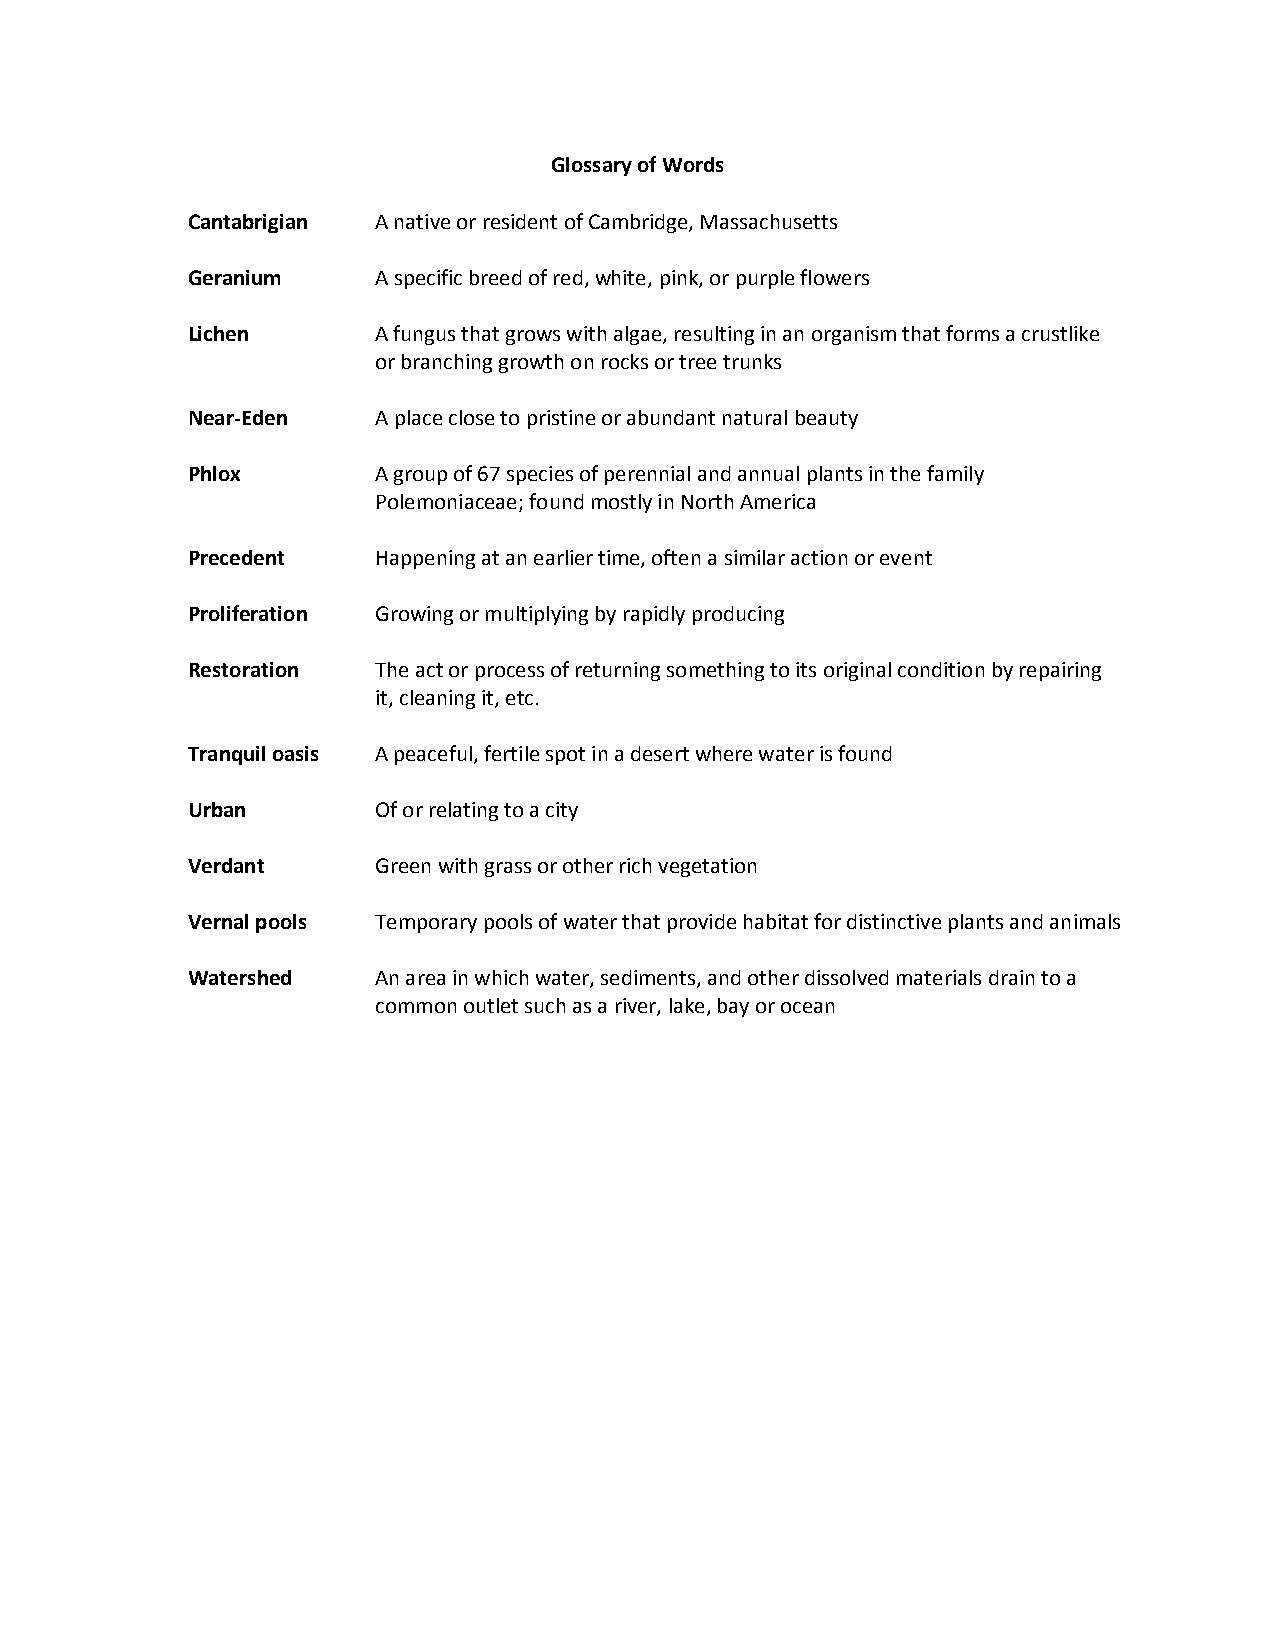
Glossary of Words
 Cantabrigian A native or resident of Cambridge, Massachusetts
 Geranium     A specific breed of red, white, pink, or purple flowers
 Lichen       A fungus that grows with algae, resulting in an organism that forms a crustlike
 or branching growth on rocks or tree trunks
 Near-Eden    A place close to pristine or abundant natural beauty
 Phlox        A group of 67 species of perennial and annual plants in the family
 Polemoniaceae; found mostly in North America
 Precedent    Happening at an earlier time, often a similar action or event
 Proliferation Growing or multiplying by rapidly producing
 Restoration  The act or process of returning something to its original condition by repairing
 it, cleaning it, etc.
 Tranquil oasis A peaceful, fertile spot in a desert where water is found
 Urban        Of or relating to a city
 Verdant      Green with grass or other rich vegetation
 Vernal pools Temporary pools of water that provide habitat for distinctive plants and animals
 Watershed    An area in which water, sediments, and other dissolved materials drain to a
 common outlet such as a river, lake, bay or ocean